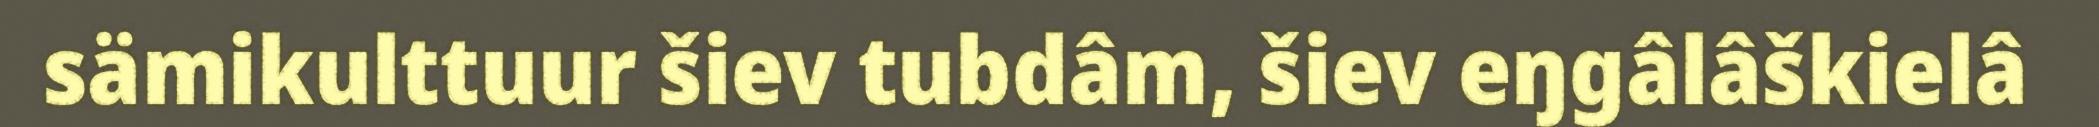
sämikulttuur šiev tubdâm, šiev eŋgâlâškielâ